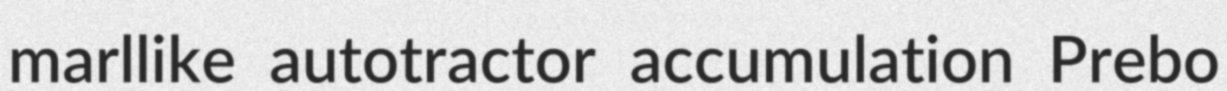
marllike autotractor accumulation Prebo